Bombay plague: being a history of the progress of plague in the Bombay presidency from September 1896 to June 1899
Year: 1896
Disease focus: Plague
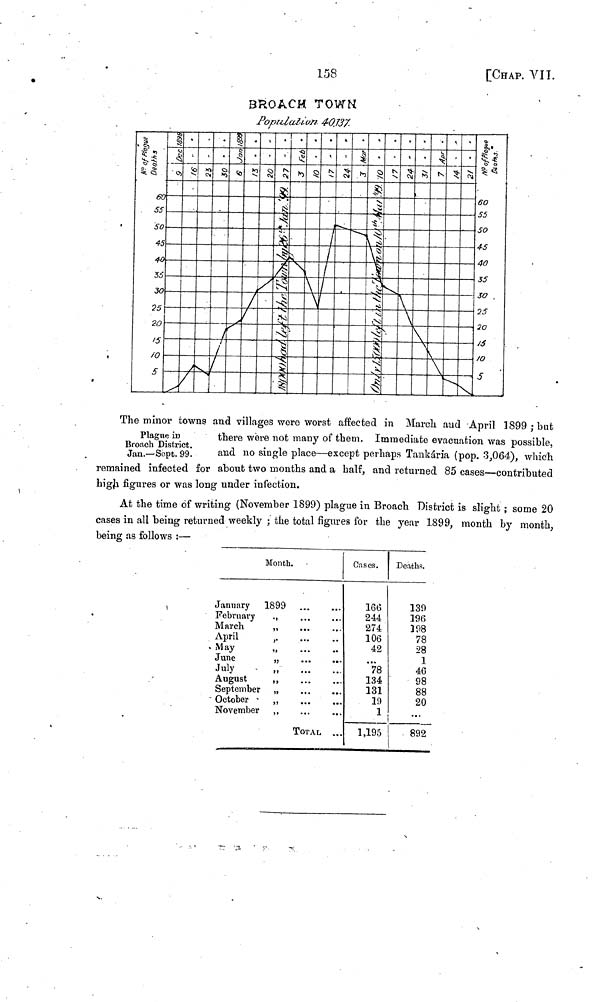
158
[CHAP. VII.
BROACH TOWN
Population 40.737.
Plague in
Broach District.
Jan.—Sept. 99.
The minor towns and villages were worst affected in March and April 1899 ; but
there were not many of them. Immediate evacuation was possible,
and no single place—except perhaps Tankária (pop. 3,064), which
remained infected for about two months and a half, and returned 85 cases—contributed
high figures or was long under infection.
At the time of writing (November 1899) plague in Broach District is slight ; some 20
cases in all being returned weekly ; the total figures for the year 1899, month by month,
being as follows :—
Month.
January
1899
February
March
April
May
June
July
August
September
October
November
,,
,,
,,
,,
,,
...
...
...
...
...
...
...
...
...
...
TOTAL
...
...
...
..
...
...
...
...
...
...
...
Cases.
166
244
274
106
42
...
78
134
131
19
1
1,195
Deaths.
139
196
198
78
28
1
46
98
88
20
892